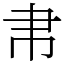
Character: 帇